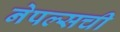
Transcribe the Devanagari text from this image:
नेपल्सची